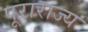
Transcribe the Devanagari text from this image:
पूराराज्य